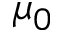
\mu _ { 0 }